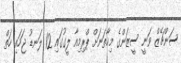
ސަންޗޭޒް ވަނީ ސީޒަންގެ މިހާތަނަށް ޕްރިމިއާ ލީގުގައި 12 ލަނޑު ޖަހައި ހަތް